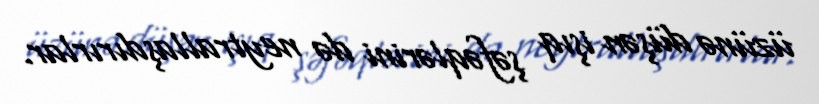
üzünə düşən işıq şəfəqlərini də neytrallaşdırırlar.